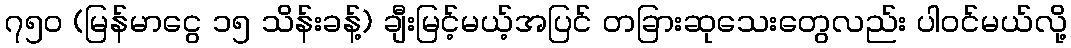
၇၅၀ (မြန်မာငွေ ၁၅ သိန်းခန့်) ချီးမြင့်မယ့်အပြင် တခြားဆုသေးတွေလည်း ပါဝင်မယ်လို့